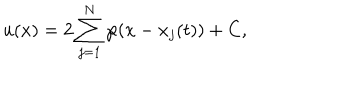
u ( x ) = 2 \sum _ { j = 1 } ^ { N } \wp ( x - x _ { j } ( t ) ) + C ,